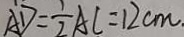
A D = \frac { 1 } { 2 } A C = 1 2 c m .